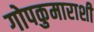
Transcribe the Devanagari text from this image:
गोपकुमाराशी